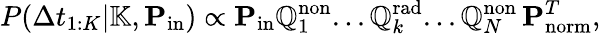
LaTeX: P(\Delta t_{1:K}|\mathbb{K},\mathbf{P}_{\mathrm{in}})\propto\mathbf{P}_{\mathrm{in}}\mathbb{Q}_{1}^{\mathrm{non}}...\mathbb{Q}_{k}^{\mathrm{rad}}...{\mathbb{Q}}_{N}^{\mathrm{non}}\, \mathbf{P}_{\mathrm{norm}}^{T},